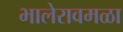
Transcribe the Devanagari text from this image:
भालेरावमळा